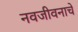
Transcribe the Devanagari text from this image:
नवजीवनाचे